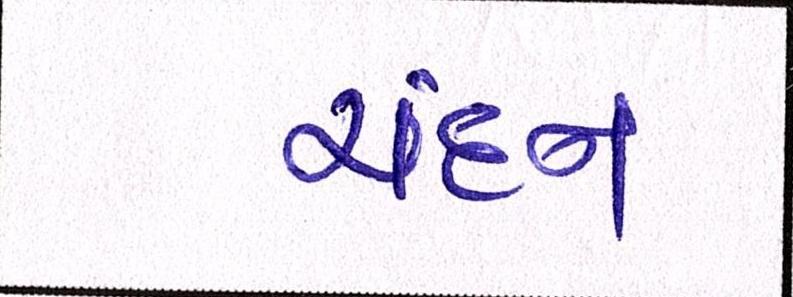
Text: ચંદન